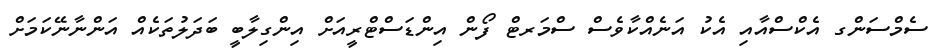
ސެމްސަންގ އެކްސްއާއި އެކު އަނެއްކާވެސް ސްމަރޓް ފޯން އިންޑަސްޓްރީއަށް އިންގިލާބީ ބަދަލުތަކެއް އަންނާނޭކަމަށް